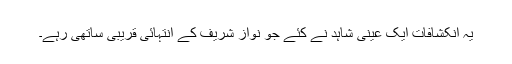
یہ انکشافات ایک عینی شاہد نے کئے جو نواز شریف کے انتہائی قریبی ساتھی رہے۔